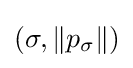
(\sigma ,\|p_{\sigma }\|)